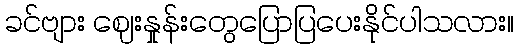
ခင်ဗျား ဈေးနှုန်းတွေပြောပြပေးနိုင်ပါသလား။